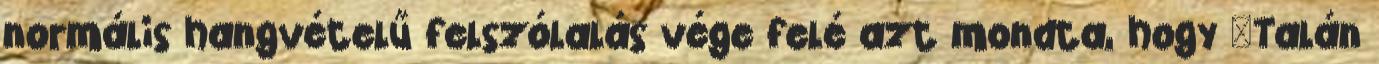
normális hangvételű felszólalás vége felé azt mondta, hogy "Talán